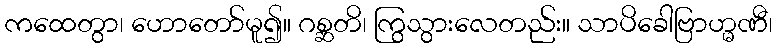
ကထေတွာ၊ ဟောတော်မူ၍။ ဂစ္ဆတိ၊ ကြွသွားလေတည်း။ သာပိခေါဗြာဟ္မဏီ၊